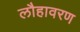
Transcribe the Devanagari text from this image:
लौहावरण